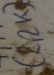
Text: (2,2k)